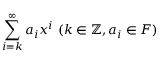
\sum _ { i = k } ^ { \infty } a _ { i } x ^ { i } \ ( k \in \mathbb { Z } , a _ { i } \in F )